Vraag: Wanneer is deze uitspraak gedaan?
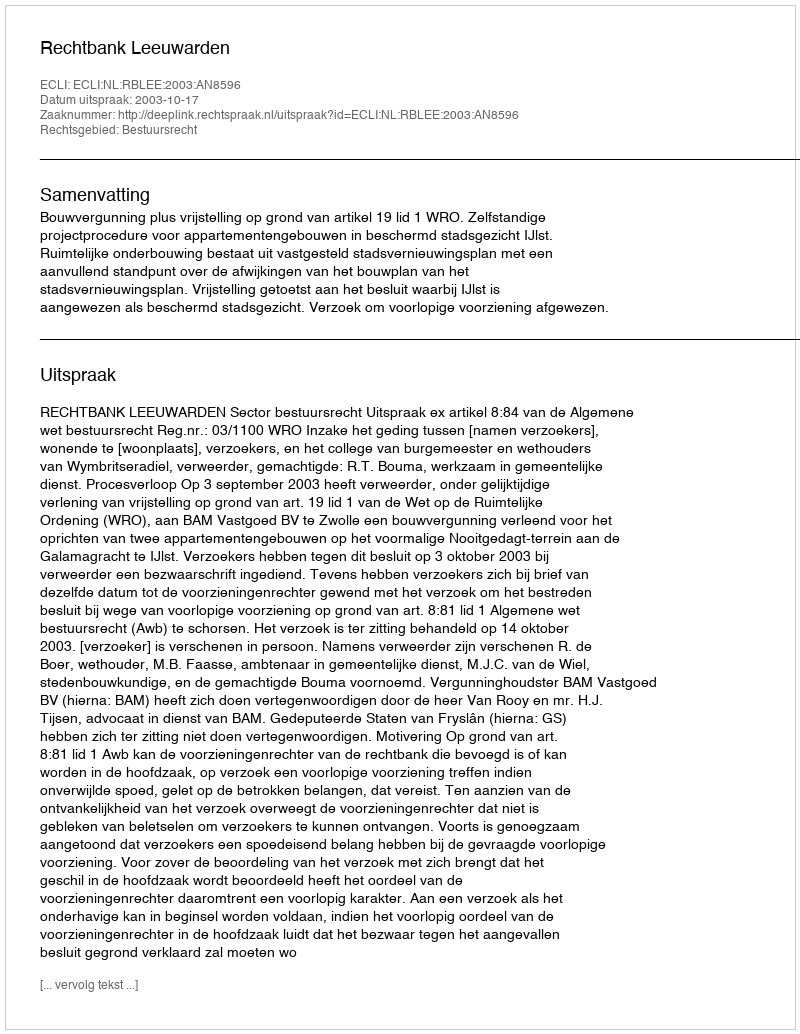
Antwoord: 2003-10-17